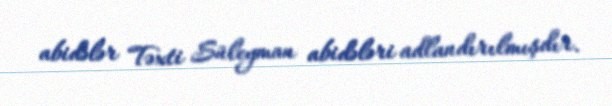
abidələr Təxti Süleyman abidələri adlandırılmışdır.